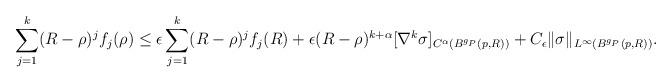
LaTeX: \begin{align*}\sum_{j=1}^k (R-\rho)^{j }f_j(\rho) \leq \epsilon \sum_{j=1}^k (R-\rho)^j f_j(R) + \epsilon (R-\rho)^{k+\alpha}[\nabla^k\sigma]_{C^{\alpha}(B^{g_P}(p,R))} + C_\epsilon \|\sigma\|_{L^\infty(B^{g_P}(p,R))}.\end{align*}